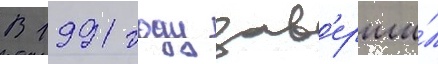
В 1991 году зав'ерши́л